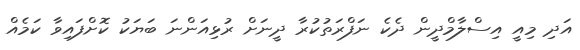
އަދި މިއީ އިސްލާމްދީން ދެކެ ނަފްރަތުކުރާ ދީނަށް ރުޅިއަންނަ ބަޔަކު ކޮށްފައިވާ ކަމެއް